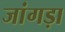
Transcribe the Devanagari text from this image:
जांगड़ा